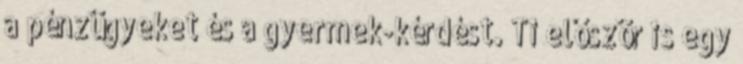
a pénzügyeket és a gyermek-kérdést. Ti először is egy